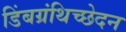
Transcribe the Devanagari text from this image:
डिंबग्रंथिच्छेदन